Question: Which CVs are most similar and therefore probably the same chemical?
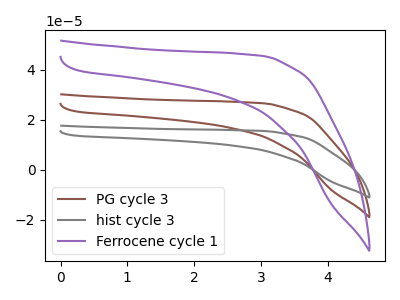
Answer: <think>The brown curve "PG cycle 3" has no peaks. The gray curve "hist cycle 3" has no peaks. The purple curve "Ferrocene cycle 1" has no peaks.
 Neither "PG cycle 3" or "hist cycle 3" have any peaks. Neither "PG cycle 3" or "Ferrocene cycle 1" have any peaks. Neither "hist cycle 3" or "Ferrocene cycle 1" have any peaks.</think>
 <answer>"Ferrocene cycle 1", "PG cycle 3" and "hist cycle 3" have the same shape and are likely CV's of the same chemical.</answer>
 <eval>"Ferrocene cycle 1" "PG cycle 3" "hist cycle 3"</eval>